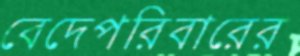
বেদেপরিবারের